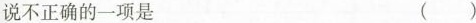
说不正确的一项是 ( )